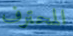
المحترف